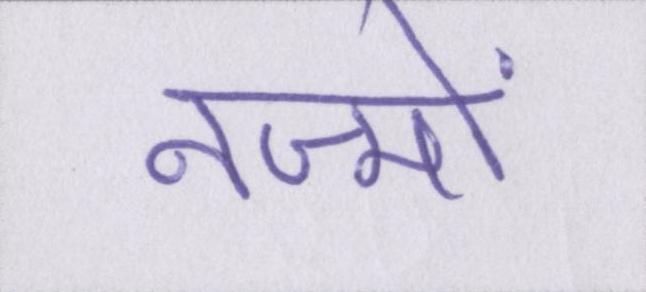
नज्मों